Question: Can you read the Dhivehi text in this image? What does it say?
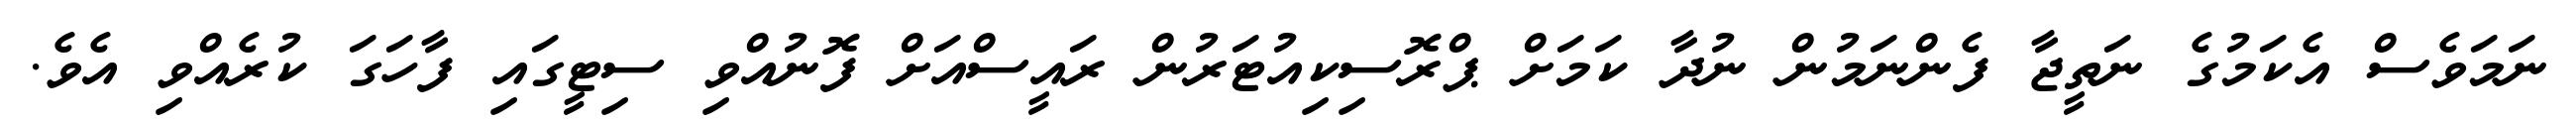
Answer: ނަމަވެސް އެކަމުގެ ނަތީޖާ ފެންނަމުން ނުދާ ކަމަށް ޕްރޮސިކިއުޓަރުން ރައީސްއަށް ފޮނުއްވި ސިޓީގައި ފާހަގަ ކުރެއްވި އެވެ.